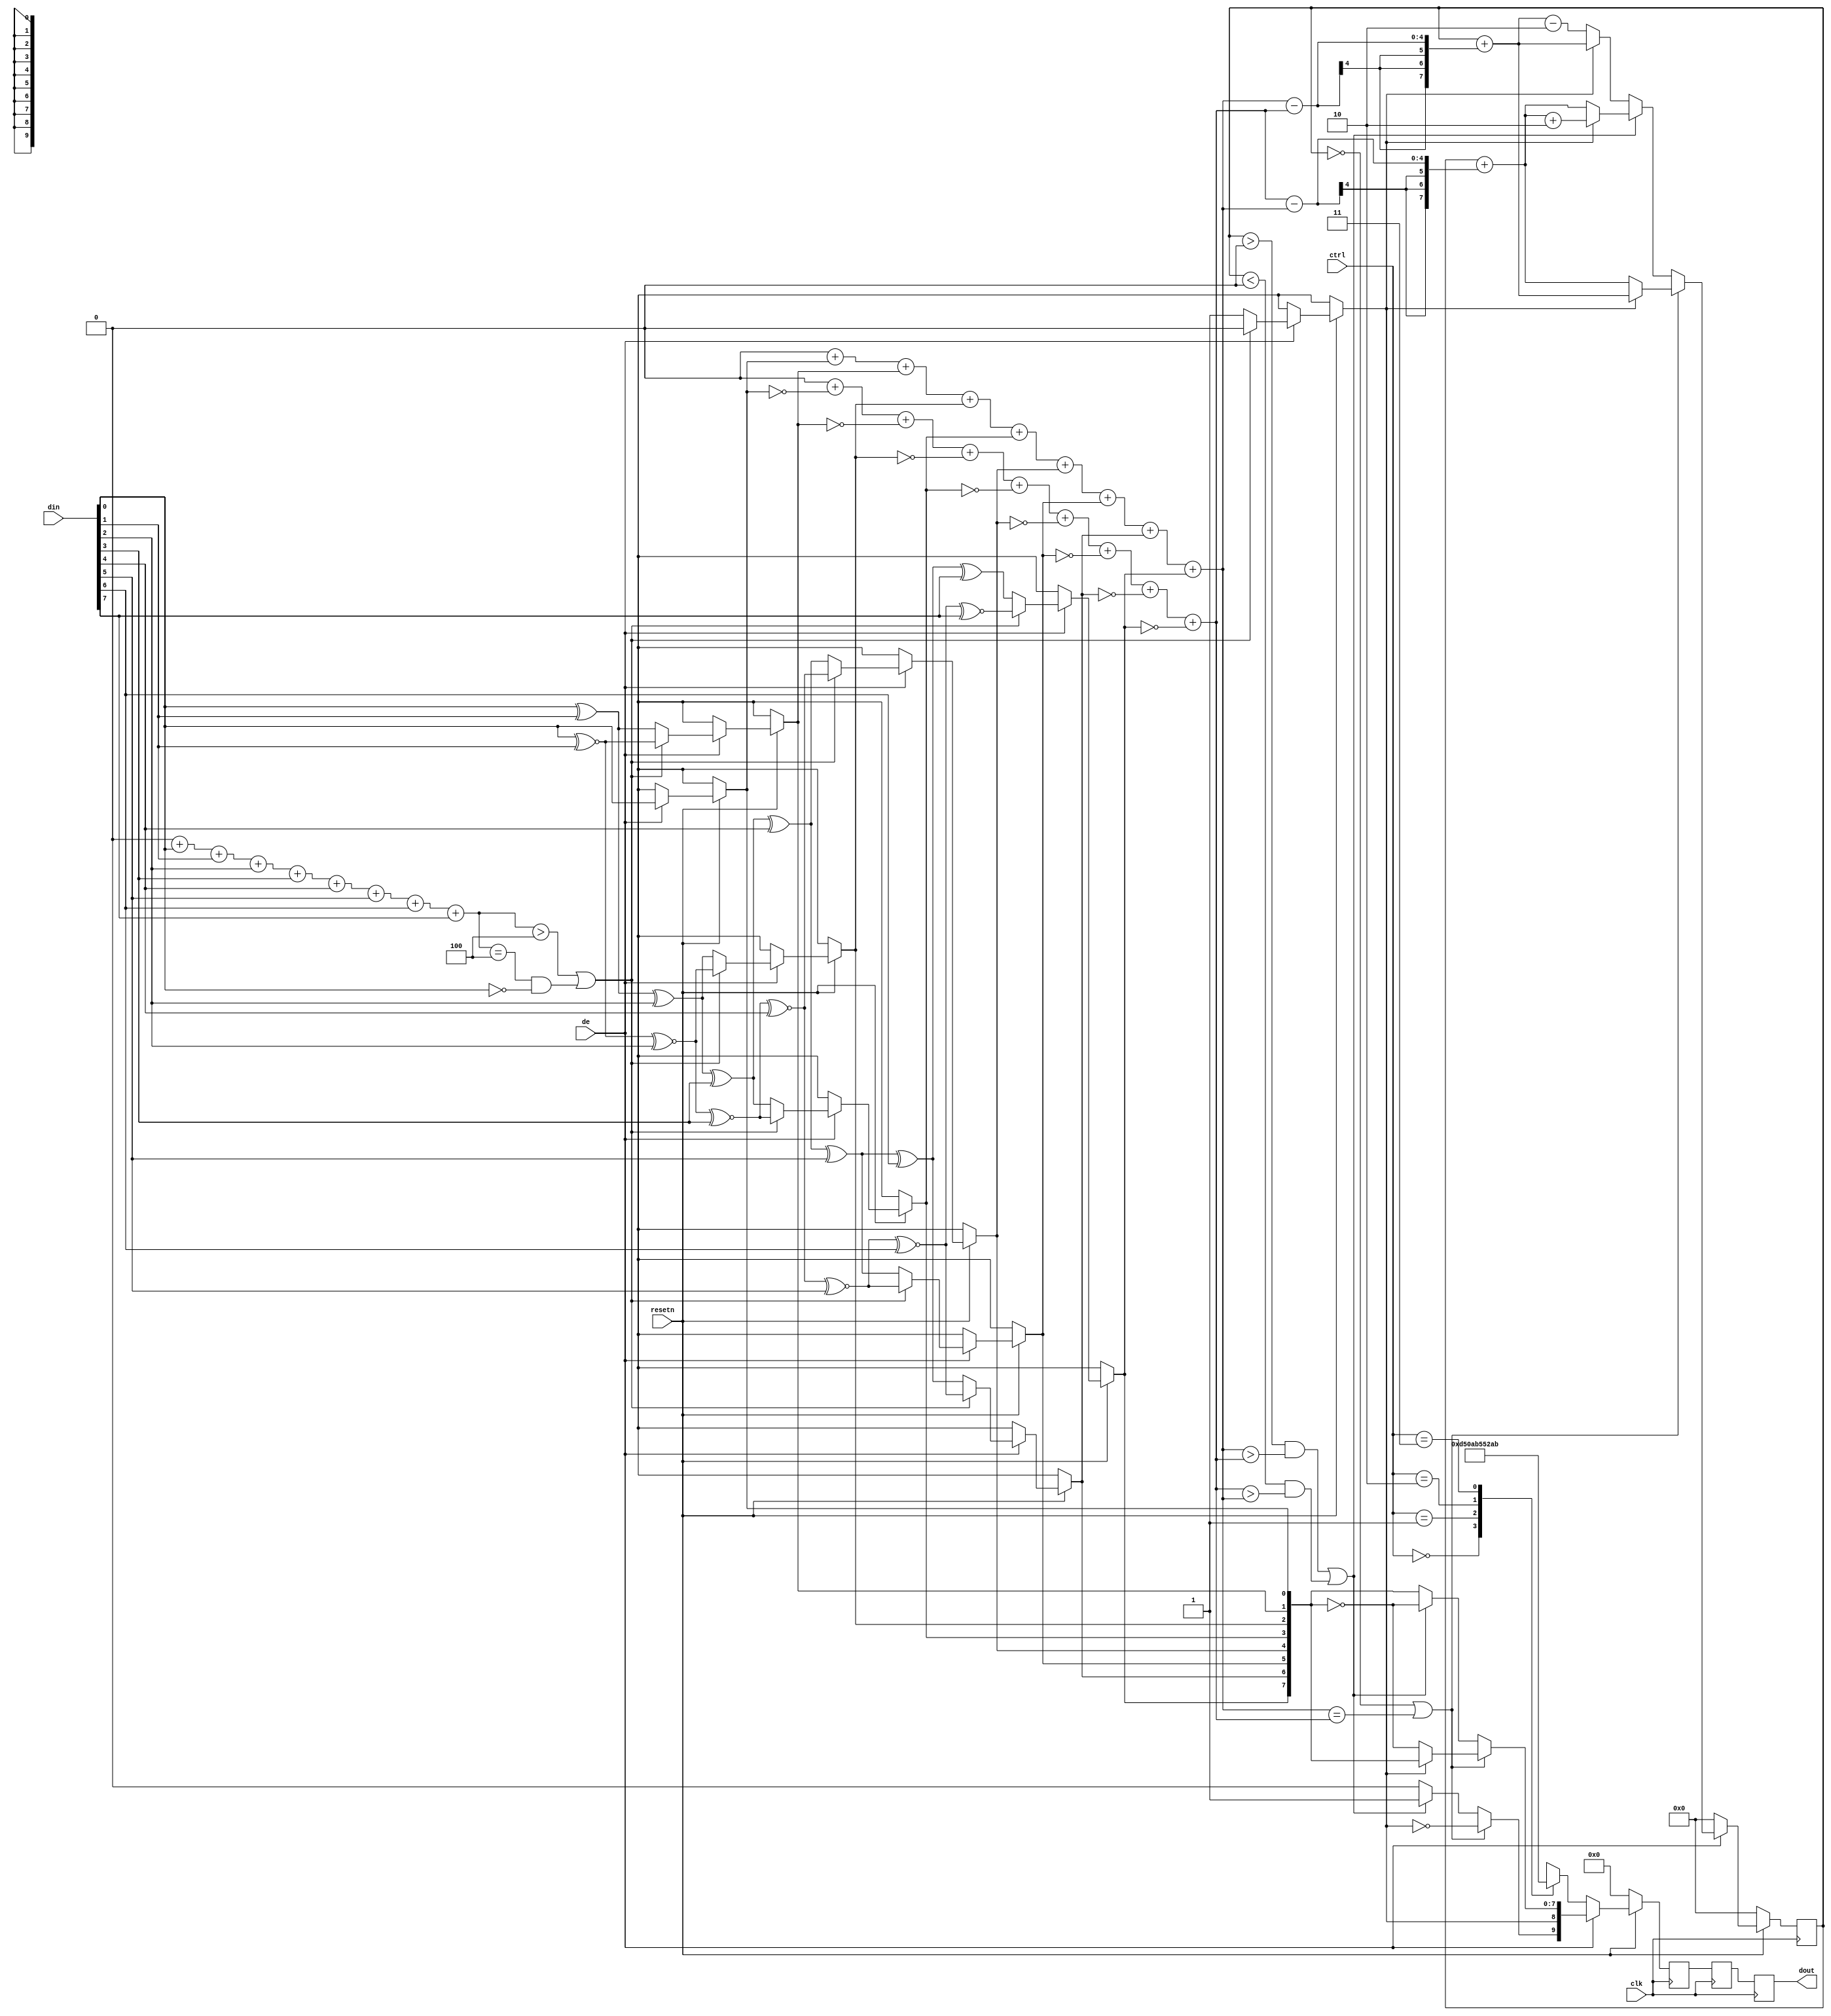
module svo_tmds (
	input clk, resetn, de,
	input [1:0] ctrl,
	input [7:0] din,
	output reg [9:0] dout
);


	// Variable and function names below match the spec names for
	// better readability when comparing to spec encoder flow diagram.
	wire [7:0] D = din;

	function [3:0] N1;
		// Count the number of '1' bits.
		input [7:0] bits;
		integer i;
		begin
			N1 = 0;
			for (i = 0; i < 8; i = i+1)
				N1 = N1 + bits[i];
		end
	endfunction

	function [3:0] N0;
		// Count the number of '0' bits.
		input [7:0] bits;
		integer i;
		begin
			N0 = 0;
			for (i = 0; i < 8; i = i+1)
				N0 = N0 + !bits[i];
		end
	endfunction

	reg [9:0] dout_buf2, q_out, q_out_next;
	reg [3:0] N0_q_m, N1_q_m;
	reg signed [7:0] cnt, cnt_next, cnt_tmp;
	reg [8:0] q_m;

	always @(posedge clk) begin
		if (!resetn) begin
			cnt   <= 0; // Data stream disparity count used for DC balance
			q_out <= 0;
		end else if (!de) begin
			cnt   <= 0; // Reset disaprity when not actively displaying
			case (ctrl) // See spec section "Control Period Coding"
				2'b00: q_out <= 10'b1101010100;
				2'b01: q_out <= 10'b0010101011;
				2'b10: q_out <= 10'b0101010100;
				2'b11: q_out <= 10'b1010101011;
			endcase
		end else begin
			// See spec flow diagram in section "Video Data Coding"
			if ((N1(D) > 4) | ((N1(D) == 4) & (D[0] == 0))) begin
				q_m[0] =           D[0];
				q_m[1] = q_m[0] ^~ D[1];
				q_m[2] = q_m[1] ^~ D[2];
				q_m[3] = q_m[2] ^~ D[3];
				q_m[4] = q_m[3] ^~ D[4];
				q_m[5] = q_m[4] ^~ D[5];
				q_m[6] = q_m[5] ^~ D[6];
				q_m[7] = q_m[6] ^~ D[7];
				q_m[8] = 1'b0;
			end
			else begin
				q_m[0] =          D[0];
				q_m[1] = q_m[0] ^ D[1];
				q_m[2] = q_m[1] ^ D[2];
				q_m[3] = q_m[2] ^ D[3];
				q_m[4] = q_m[3] ^ D[4];
				q_m[5] = q_m[4] ^ D[5];
				q_m[6] = q_m[5] ^ D[6];
				q_m[7] = q_m[6] ^ D[7];
				q_m[8] = 1'b1;
			end

			N0_q_m = N0(q_m[7:0]);
			N1_q_m = N1(q_m[7:0]);

			if ((cnt == 0) | (N1_q_m == N0_q_m)) begin
				q_out_next[9]    = ~q_m[8];
				q_out_next[8]    =  q_m[8];
				q_out_next[7:0]  = (q_m[8] ? q_m[7:0] : ~q_m[7:0]);
				if (q_m[8] == 0) begin
					cnt_next = cnt + (N0_q_m - N1_q_m);
				end else begin
					cnt_next = cnt + (N1_q_m - N0_q_m);
				end
			end else if (((cnt > 0) & (N1_q_m > N0_q_m)) | (((cnt < 0) & (N0_q_m > N1_q_m)))) begin
				q_out_next[9]    =  1'b1;
				q_out_next[8]    =  q_m[8];
				q_out_next[7:0]  = ~q_m[7:0];
				cnt_tmp          = cnt + (N0_q_m - N1_q_m);
				if (q_m[8]) begin
					cnt_next = cnt_tmp + 2'h2;
				end else begin
					cnt_next = cnt_tmp;
				end
			end else begin
				q_out_next[9]    =  1'b0;
				q_out_next[8]    =  q_m[8];
				q_out_next[7:0]  =  q_m[7:0];
				cnt_tmp          = cnt + (N1_q_m - N0_q_m);
				if (q_m[8]) begin
					cnt_next = cnt_tmp;
				end else begin
					cnt_next = cnt_tmp - 2'h2;
				end
			end
			cnt   <= cnt_next;
			q_out <= q_out_next;
		end

		// add two additional ff stages, give synthesis retime some slack to work with
		dout_buf2 <= q_out;
		dout <= dout_buf2;
	end
endmodule